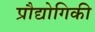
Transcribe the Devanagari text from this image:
प्रौद्योगिकी